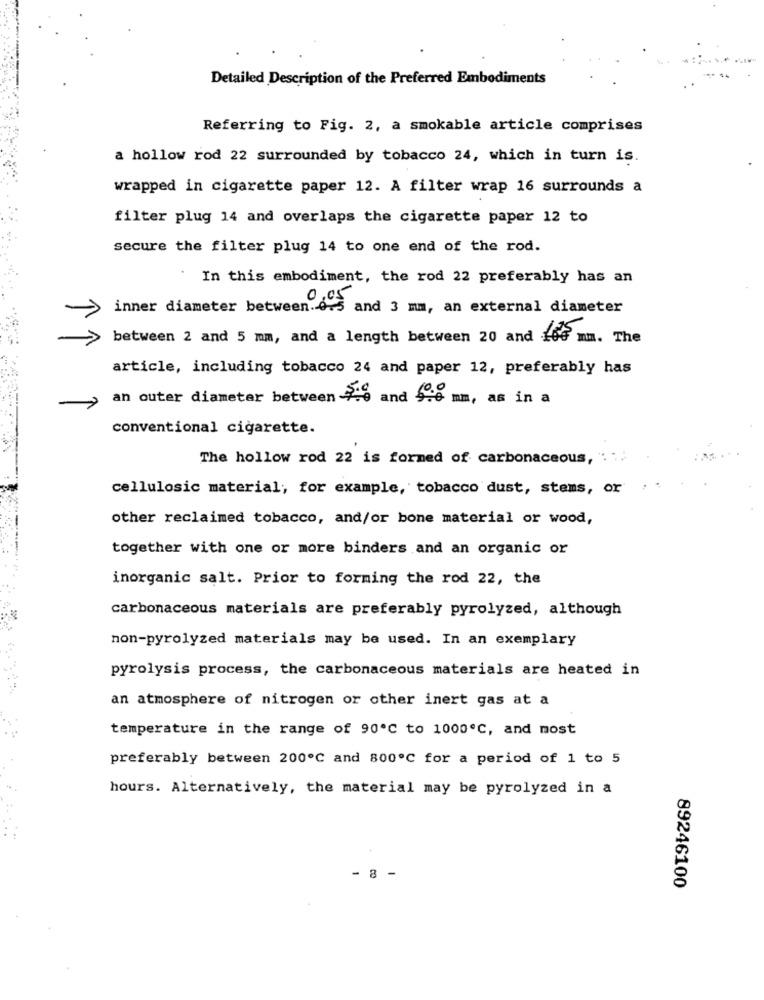
Detailed Description of the Preferred Embodiments
Referring to Fig. 2, a smokable article comprises
a hollow rod 22 surrounded by tobacco 24, which in turn is.
wrapped in cigarette paper 12. A filter wrap 16 surrounds a
filter plug 14 and overlaps the cigarette paper 12 to
secure the filter plug 14 to one end of the rod.
In this embodiment, the rod 22 preferably has an
inner diameter between. 0.5 and 3 mm, an external diameter
between 2 and 5 mm, and a length between 20 and for mm. The
article, including tobacco 24 and paper 12, preferably has
an outer diameter between 7-0 and $ce mm, as in a
conventional cigarette.
The hollow rod 22 is formed of carbonaceous,
cellulosic material, for example, tobacco dust, stems, or
other reclaimed tobacco, and/or bone material or wood,
together with one or more binders and an organic or
inorganic salt. Prior to forming the rod 22, the
carbonaceous materials are preferably pyrolyzed, although
non-pyrolyzed materials may be used. In an exemplary
pyrolysis process, the carbonaceous materials are heated in
an atmosphere of nitrogen or other inert gas at a
temperature in the range of 90º℃ to 1000℃, and most
preferably between 200℃ and 800℃ for a period of 1 to 5
hours. Alternatively, the material may be pyrolyzed in a
- 8 -
89246100